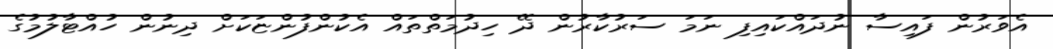
އެވަރުން ފައިސާ ނުދައްކައިފި ނަމަ ސަރުކާރުން ދޭ ހިދުމަތްތައް އެކުންފުންޏަކަށް ދިނުން ހުއްޓާލުމުގެ